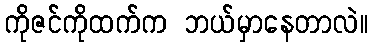
ကိုဇင်ကိုထက်က ဘယ်မှာနေတာလဲ။